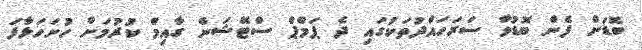
ބޮޑަށް ފެން ބޮޑުވާ ސަރަހައްދުތަކުގައި ދެ ޕަމްޕް ސްޓޭޝަން ގާއިމް ކުރުމަށް ހުށަހަޅާފަ